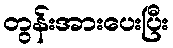
တွန်းအားပေးပြီး